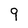
Character: 9